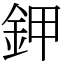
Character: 鉀